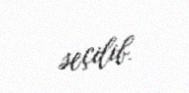
seçilib.